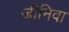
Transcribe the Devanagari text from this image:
जीनिवा